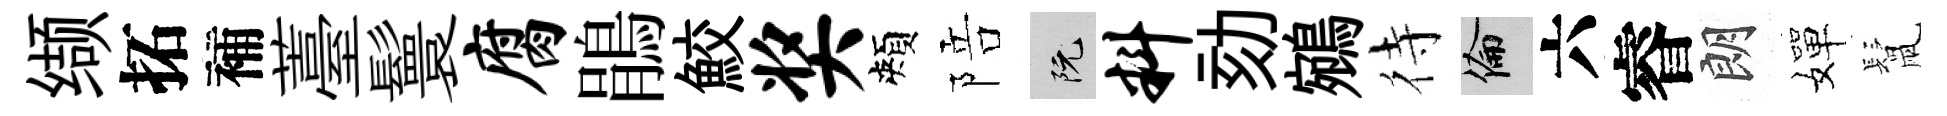
缬拓補薹鬟腐鵑鮫奖頰陪阮料劾鵷待倫六睿朗嬋鬛